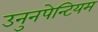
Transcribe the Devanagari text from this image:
उनुनपेन्टियम